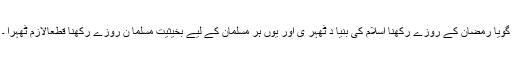
گویا رمضان کے روزے رکھنا اسلام کی بنیا د ٹھہر ی اور یوں ہر مسلمان کے لیے بخیثیت مسلما ن روزے رکھنا قطعاًلازم ٹھہرا ۔